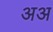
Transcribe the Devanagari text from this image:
अअ